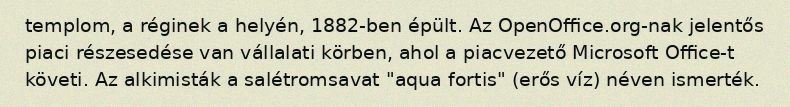
templom, a réginek a helyén, 1882-ben épült. Az OpenOffice.org-nak jelentős piaci részesedése van vállalati körben, ahol a piacvezető Microsoft Office-t követi. Az alkimisták a salétromsavat "aqua fortis" (erős víz) néven ismerték.